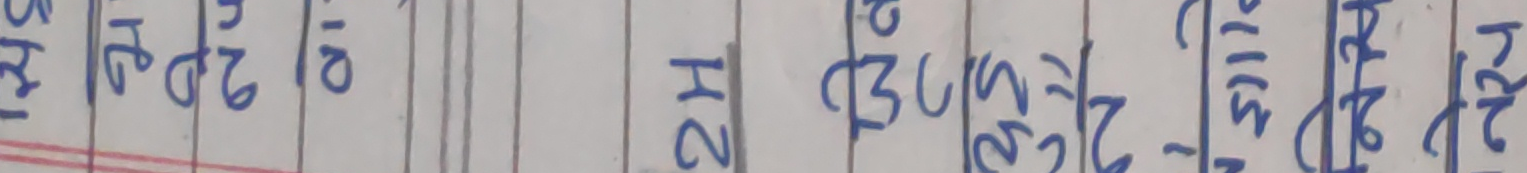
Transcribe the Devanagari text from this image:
स.न. 2002 3051111624